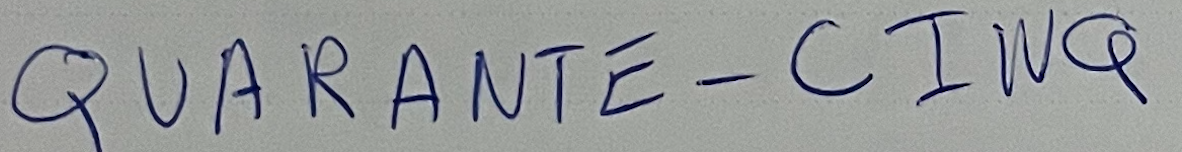
QUARANTE-CINQ